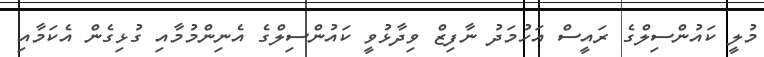
މުލީ ކައުންސިލްގެ ރައީސް އަހުމަދު ނާފިޒް ވިދާޅުވީ ކައުންސިލްގެ އެނިންމުމާއި ގުޅިގެން އެކަމާއި